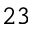
2 3